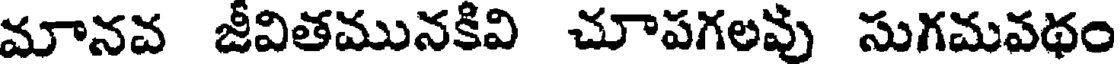
మానవ జీవితమునకివి చూపగలవు సుగమవథం